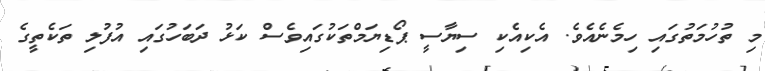
މި ތުހުމަތުގައި ހިމެނެއެވެ. އެކިއެކި ސިޔާސީ ޕޯޑިޔަމްތަކުގައިވެސް ކަޅު ދަބަހުގައި އުފުލި ތަކެތީގެ